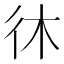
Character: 𫹎